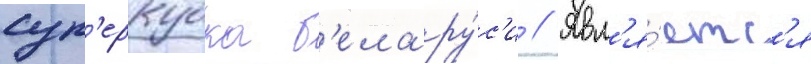
суп'еркубка б'елару́с'и // Явл'я́етс'я